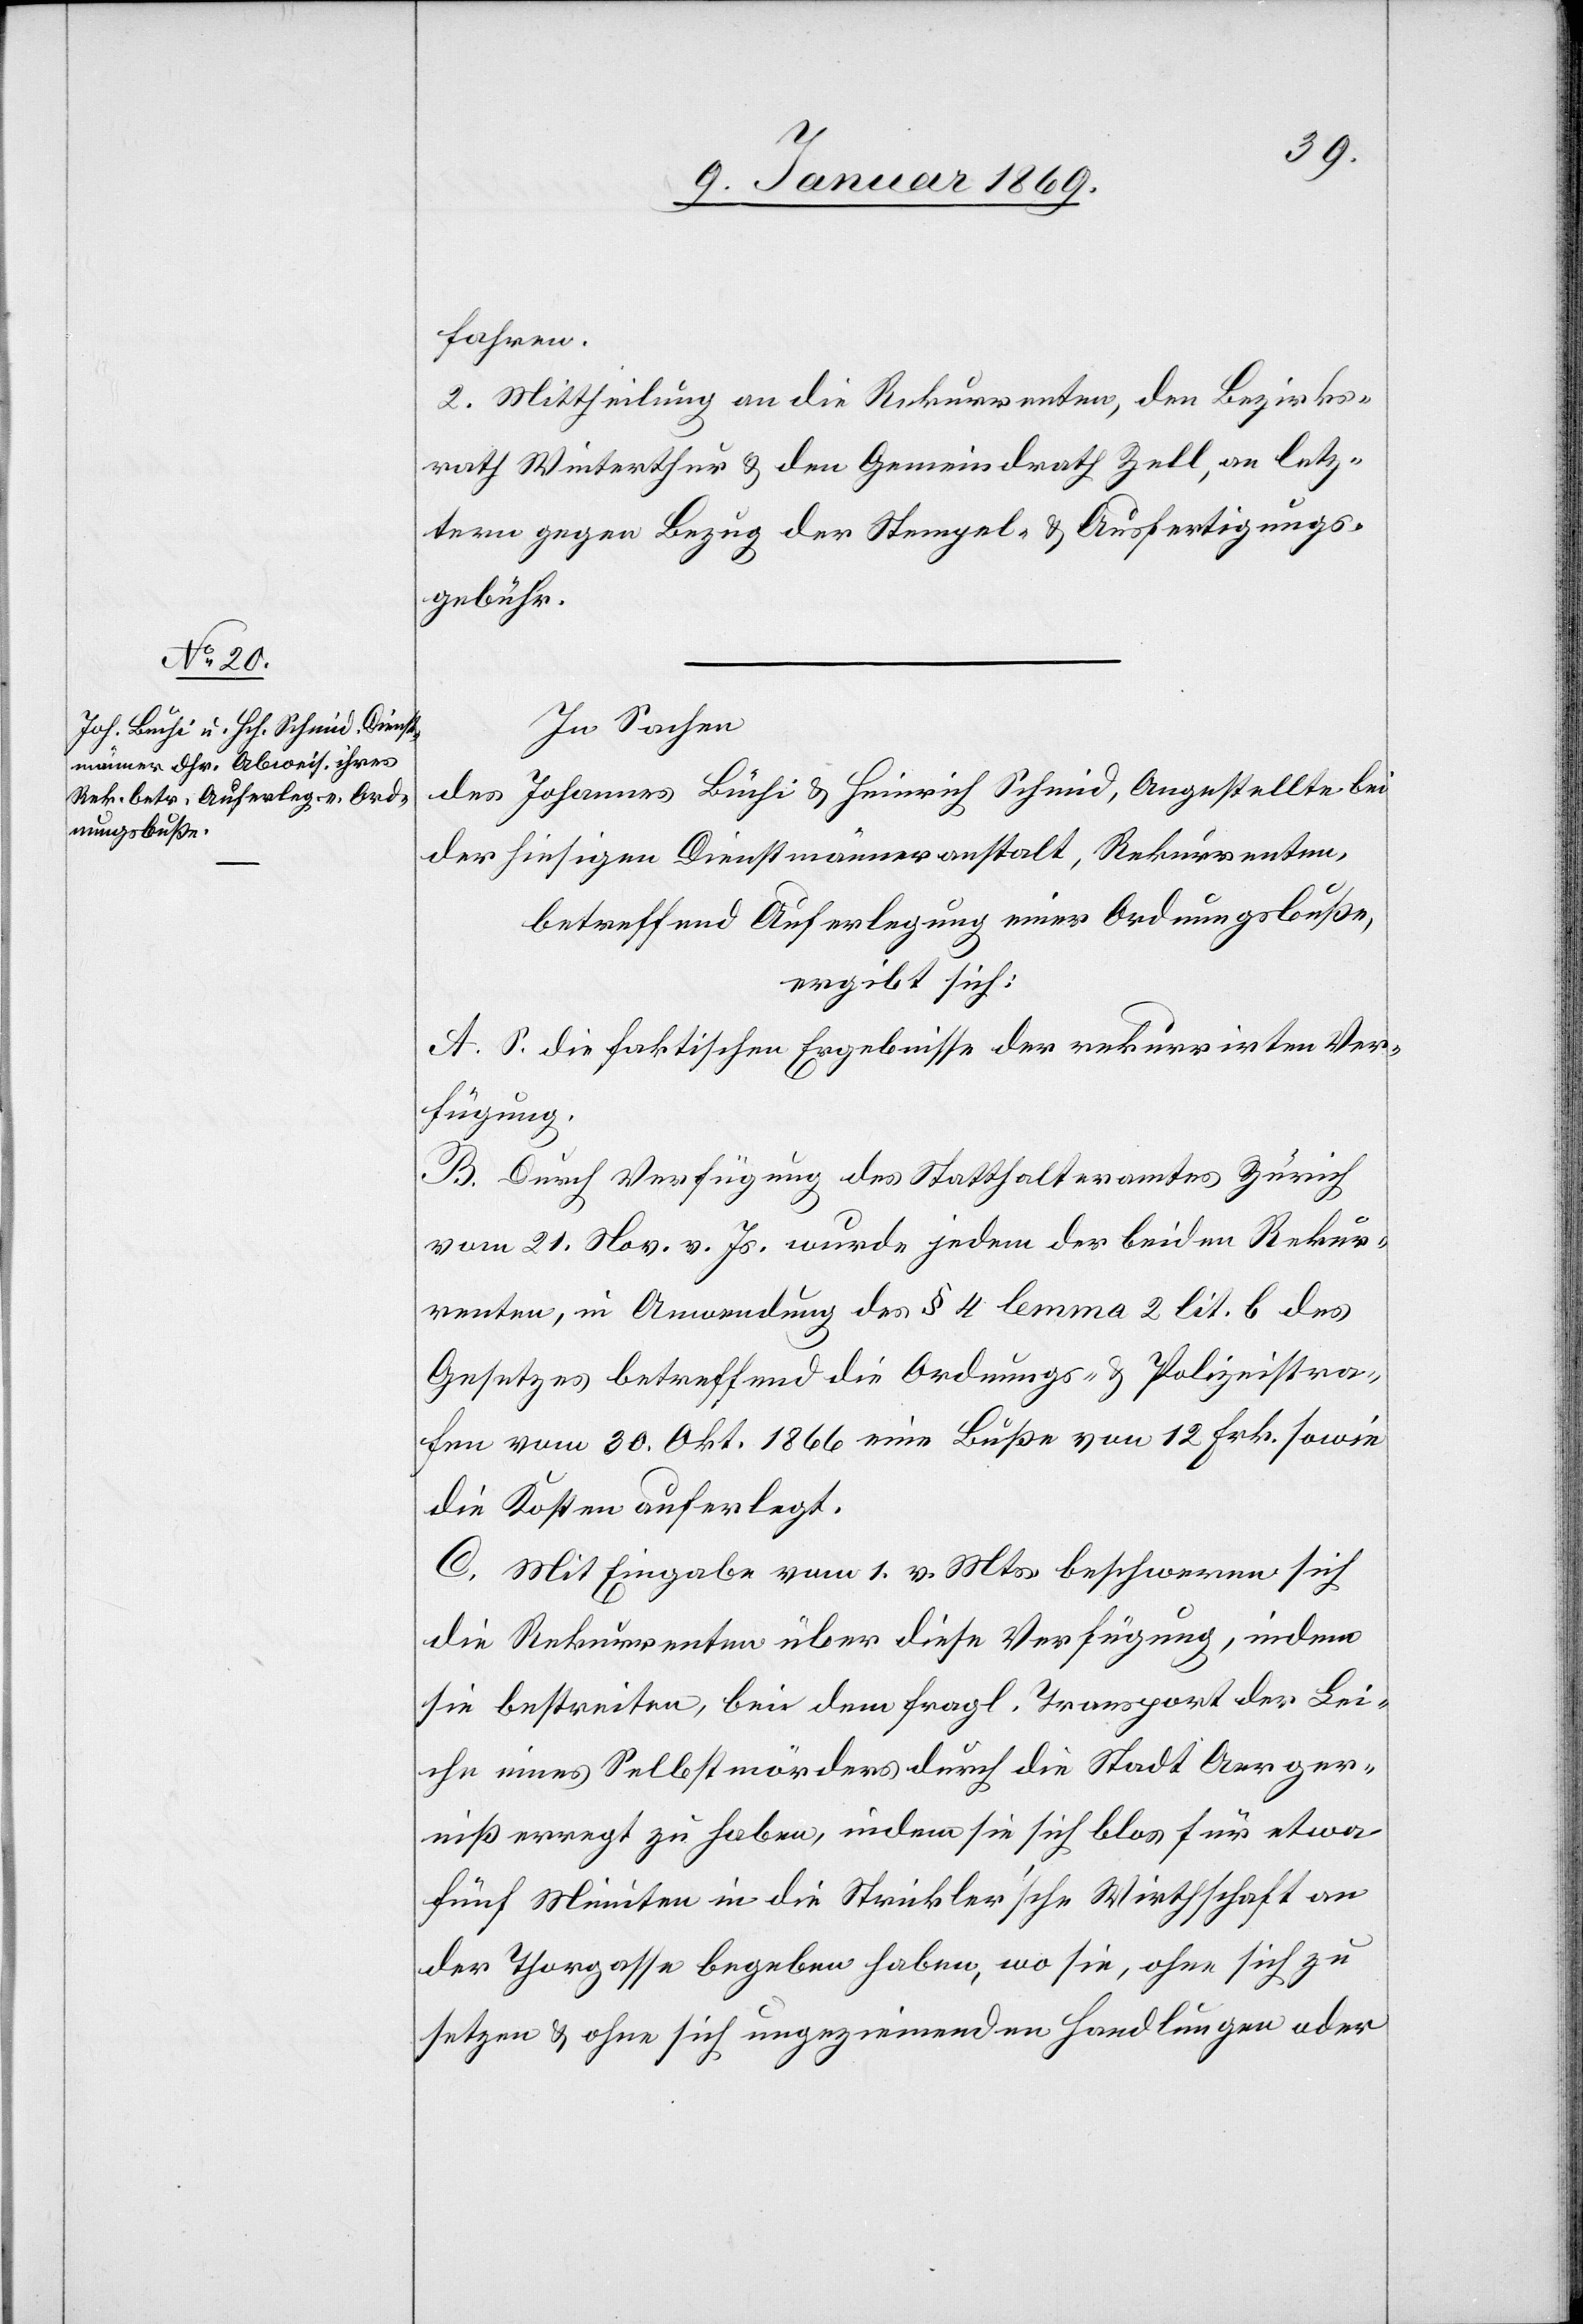
fahren.
2. Mittheilung an die Rekurrenten, den Bezirks¬
rath Winterthur & den Gemeindrath Zell, an letz¬
tern gegen Bezug der Stempel- & Ausfertigungs¬
gebühr.
In Sachen
Johannes Büchi & Heinrich Schmid, Angestellte bei
des
der hiesigen Dienstmänneranstalt, Rekurrenten,
betreffend Auferlegung einer Ordnungsbuße,
ergibt sich:
A. S. die faktischen Ergebnisse der rekurrirten Ver¬
fügung.
B. Durch Verfügung des Statthalteramtes Zürich
vom 21. Nov v. Js. wurde jedem der beiden Rekur¬
renten, in Anwendung des § 4 des lemma 2 lit. b des
Gesetzes betreffend die Ordnungs- & Polizeistra¬
fen vom 30. Okt. 1866 eine Buße von 12 Frk. sowie
die Kosten auferlegt.
C. Mit Eingabe vom 1. v. Mts. beschweren sich
die Rekurrenten über diese Verfügung, indem
sie bestreiten, bei dem fragl. Transport der Lei¬
che eines Selbstmörders durch die Stadt Aerger¬
niß erregt zu haben, indem sie sich blos für etwa
fünf Minuten in die Strickler’sche Wirthschaft an
der Thorgasse begeben haben, wo sie, ohne sich zu
setzen & ohne sich ungeziemenden Handlungen oder